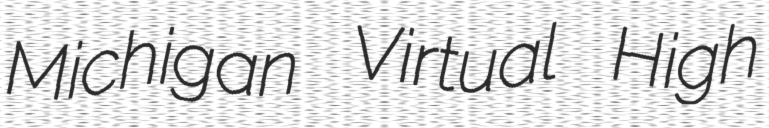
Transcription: Michigan Virtual High